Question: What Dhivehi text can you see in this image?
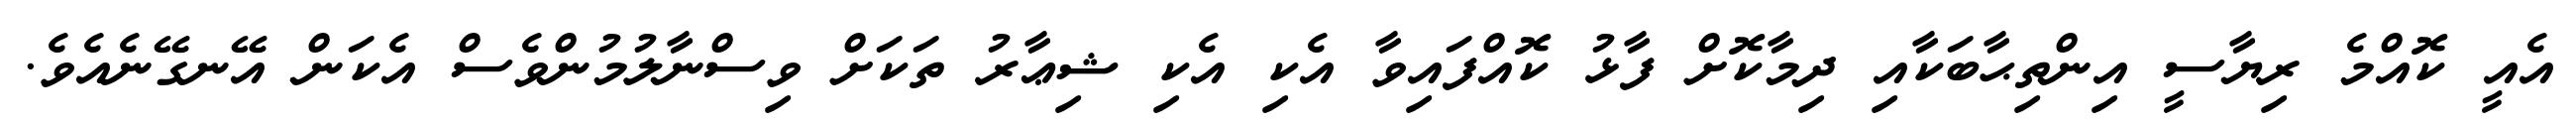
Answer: އެއީ ކޮއްމެ ރިޔާސީ އިންތިޙާބަކާއި ދިމާކޮށް ފާޅު ކޮއްފައިވާ އެކި އެކި ޝިޢާރު ތަކަށް ވިސްނާލުމުންވެސް އެކަން އޭނގޭނެއެވެ.